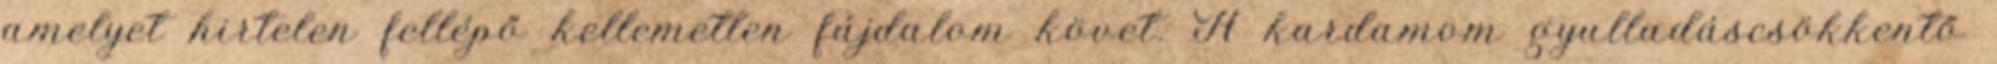
amelyet hirtelen fellépő kellemetlen fájdalom követ. A kardamom gyulladáscsökkentő